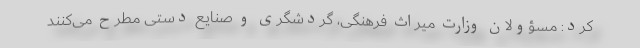
کرد: مسؤولان وزارت میراث فرهنگی، گردشگری و صنایع دستی مطرح می‌کنند